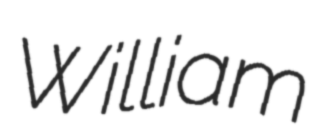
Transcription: William